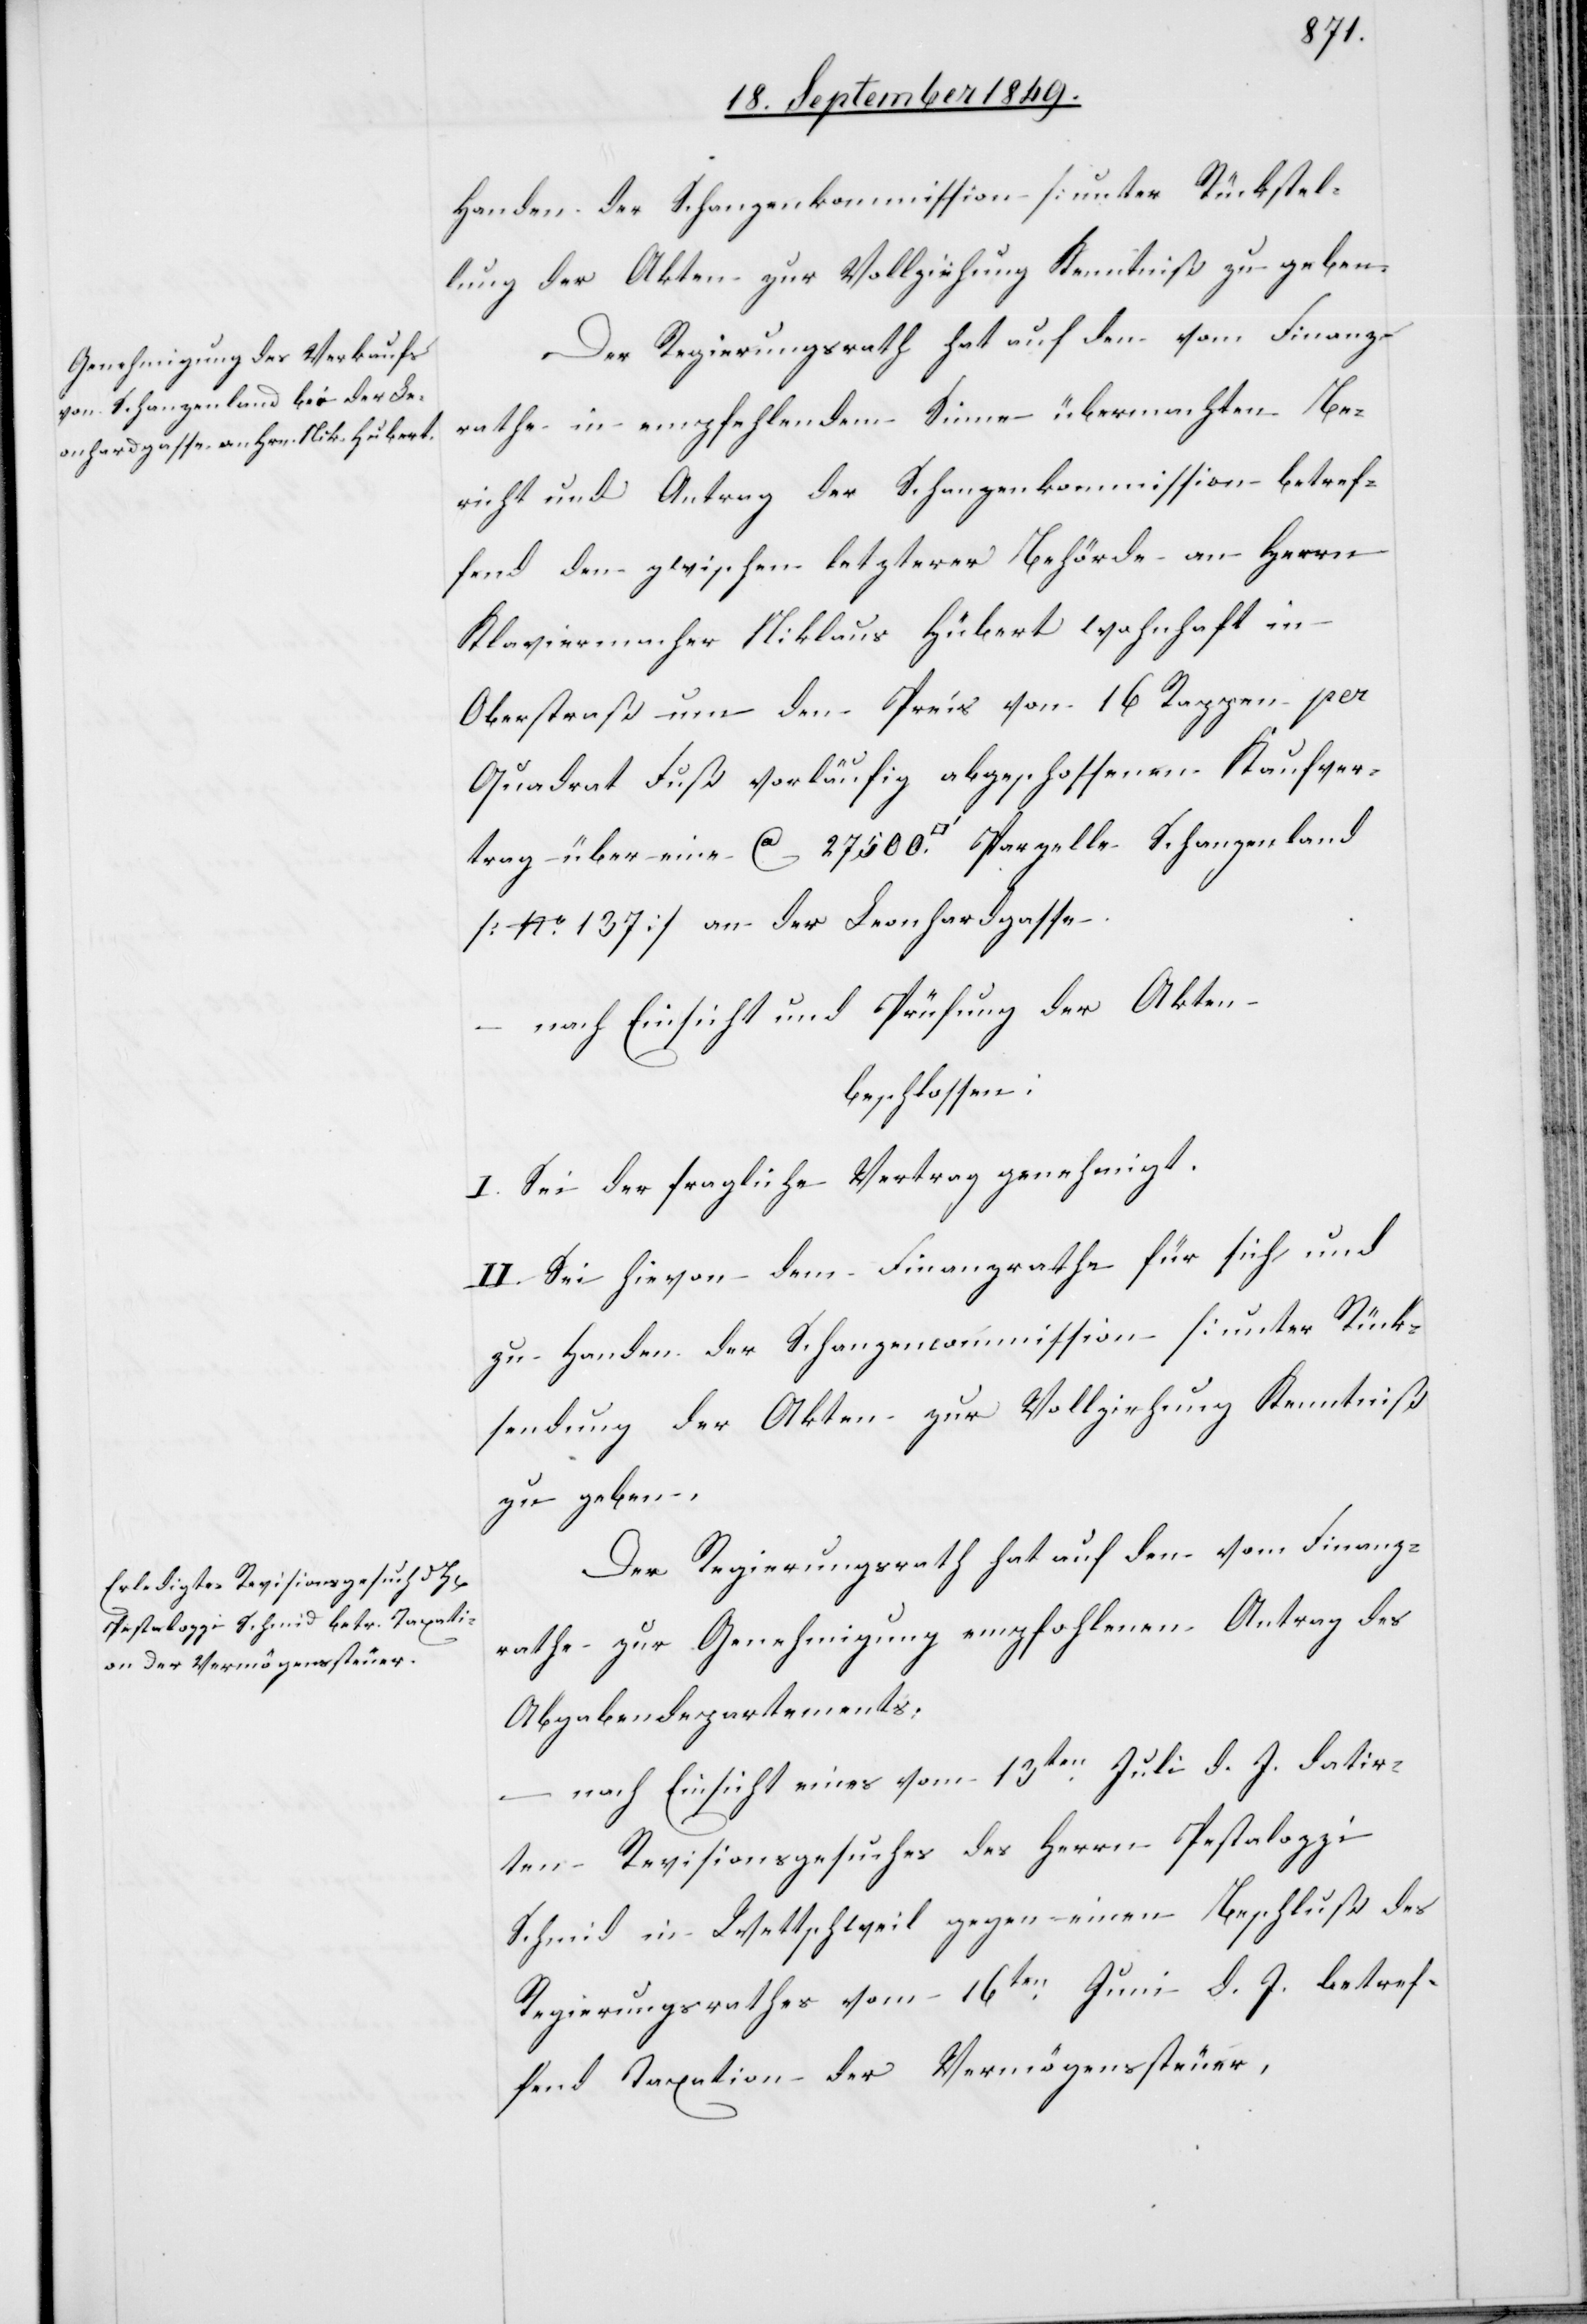
Handen der Schanzenkommission [unter Rückstel¬
lung der Akten] zur Vollziehung Kenntniß zu geben.
Der Regierungsrath hat auf den vom Finanz¬
rathe in empfehlendem Sinne übermachten Be¬
richt und Antrag der Schanzenkommission betref¬
fend den zwischen letzterer Behörde an Herrn
Klaviermacher Niklaus Hübert [sic!] wohnhaft in
Oberstraß um den Preis von 16 Rappen per
Quadrat Fuß vorläufig abgesch[l]ossenen Kaufver¬
trag über eine ca 27 500 [Quadratfuss] Parzelle Schanzenland
[No 137] an der Leonhardgasse.
nach Einsicht und Prüfung der Akten
beschlossen:
I. Sei der fragliche Vertrag genehmigt.
II. Sei hievon dem Finanzrathe für sich und
zu Handen der Schanzencommission [unter Rück¬
sendung der Akten[]] zur Vollziehung Kenntniß
zu geben.
Der Regierungsrath hat auf den vom Finanz¬
rathe zur Genehmigung empfohlenen Antrag des
Abgabendepartements
– nach Einsicht eines vom 13ten Juli d. J. datir¬
ten Revisionsgesuches des Herrn Pestalozzi
Schmid in Wettschweil gegen einen Beschluß des
Regierungsrathes vom 16ten Juni d. J. betref¬
fend Taxation der Vermögenssteuer,